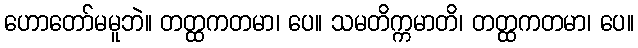
ဟောတော်မမူဘဲ။ တတ္ထကတမာ၊ ပေ။ သမတိက္ကမာတိ၊ တတ္ထကတမာ၊ ပေ။